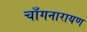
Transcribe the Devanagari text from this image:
चाँगनारायण